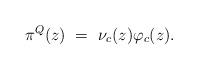
LaTeX: \begin{align*}\pi^Q(z) \ = \ \nu_c (z) \varphi_c(z).\end{align*}